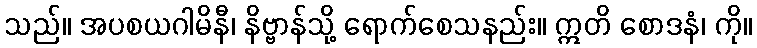
သည်။ အပစယဂါမိနီ၊ နိဗ္ဗာန်သို့ ရောက်စေသနည်း။ ဣတိ စောဒနံ၊ ကို။